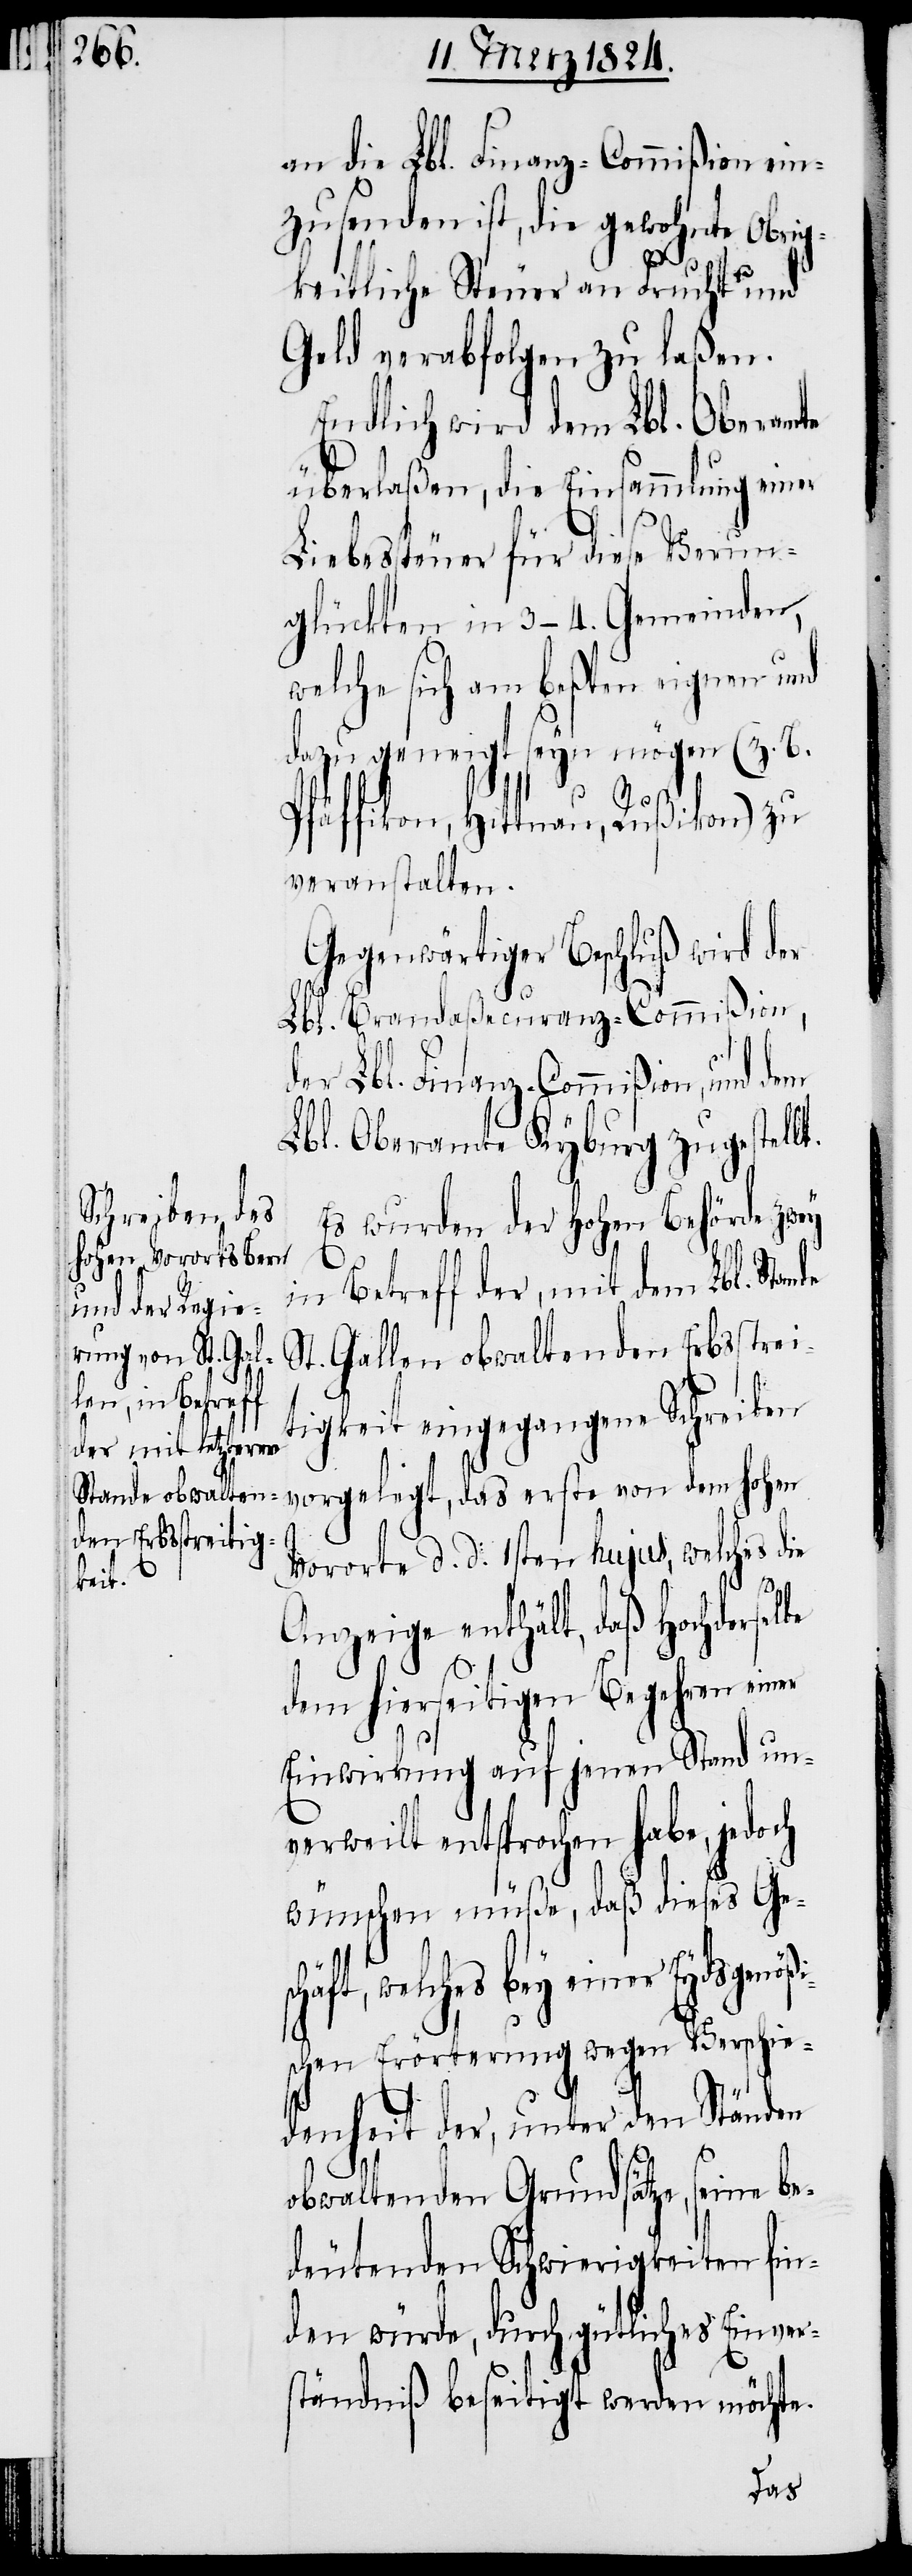
ßi¬

an die Lbl. Finanz-Commißion ein¬
zusenden ist, die gewohnte Obrig¬
keitliche Steuer an Frucht und
Geld verabfolgen zu laßen.
Endlich wird dem Lbl. Oberamte
überlaßen, die Einsammlung einer
Liebessteuer für diese Verun¬
glückten in 3–4. Gemeinden,
welche sich am beßten eignen und
dazu geneigt seyn mögen (z. B.
Pfäffikon, Hittnau, Rußikon) zu
veranstalten.
Gegenwärtiger Beschluß wird der
Lbl. Brandaßecuranz-Commißion,
der Lbl. Finanz-Commißion, und dem
Lbl. Oberamte Kyburg zugestellt.
Es wurden der Hohen Behörde zwey
in Betreff der, mit dem Lbl. Stan¬
St. Gallen obwaltenden Erbsstrei¬
tigkeit eingegangene Schreiben
vorgelegt, das erste von dem hohen
Vororte d. d. 1sten hujus, welches die
Anzeige enthält, daß Hochdersel¬
dem hierseitigen Begehren einer
Einwirkung auf jenen Stand un¬
verweilt entsprochen habe, jedoch
wünschen müße, daß dieses Ge¬
häft, welches bey einer Eydsgenö¬
schen Erörterung wegen Verschie¬
denheit der, unter den Ständen
obwaltenden Grundsätze, seine be¬
deutenden Schwierigkeiten fin¬
den würde, durch gütliches Einver¬
ständniß beseitigt werden möchte.